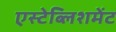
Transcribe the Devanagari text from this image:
एस्टेब्लिशमेंट